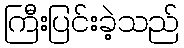
ကြီးပြင်းခဲ့သည်